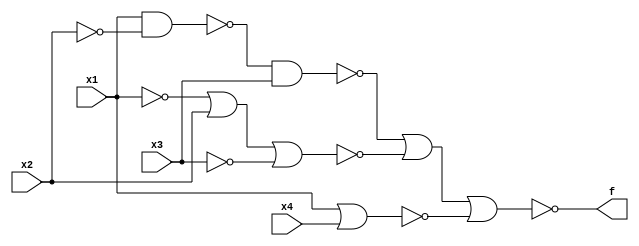
module soc_lab2(x1, x2, x3, x4, f);
	input x1, x2, x3, x4;
	output f;

	assign f = ! ( !(!(x1 & !x2) & x3) | !( !x1 | x2 | !x3) | !(x1 | x4) );
endmodule